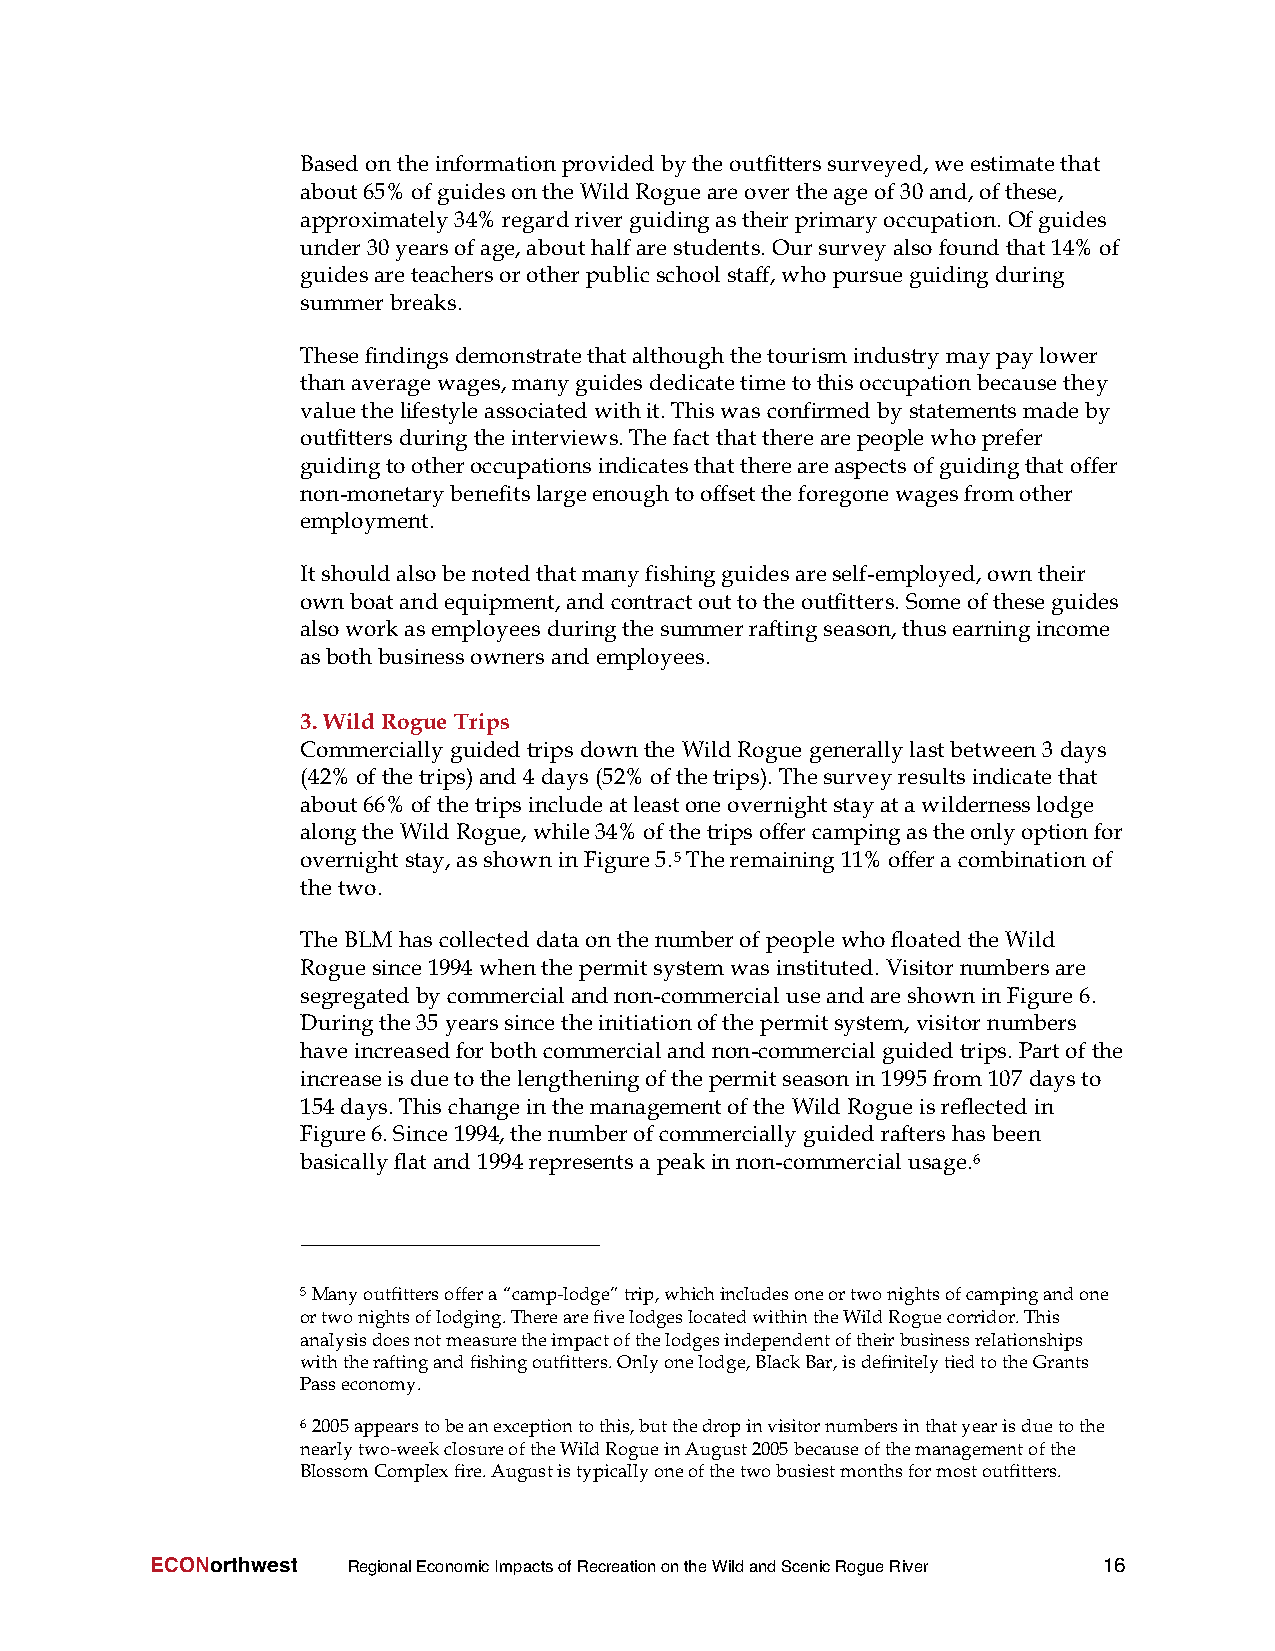
Basedontheinformationprovidedbytheoutfitterssurveyed,weestimatethat
 about65%ofguidesontheWildRogueareovertheageof30and,ofthese,
 approximately34%regardriverguidingastheirprimaryoccupation. Ofguides
 under30 yearsofage,abouthalfarestudents. Oursurveyalsofoundthat14%of
 guidesareteachersorotherpublicschoolstaff,whopursueguidingduring
 summerbreaks.
 Thesefindingsdemonstratethatalthoughthetourismindustrymaypaylower
 thanaveragewages,manyguidesdedicatetimetothisoccupationbecausethey
 valuethelifestyleassociatedwithit.Thiswasconfirmedbystatementsmadeby
 outfittersduringtheinterviews.Thefactthattherearepeoplewhoprefer
 guidingtootheroccupationsindicatesthatthereareaspectsofguidingthatoffer
 non-monetarybenefitslargeenoughtooffsettheforegonewagesfromother
 employment.
 Itshouldalsobenotedthatmanyfishingguidesareself-employed,owntheir
 ownboatandequipment,andcontractouttotheoutfitters.Someoftheseguides
 alsoworkasemployees duringthesummerraftingseason,thusearningincome
 asbothbusinessownersandemployees.
 3.Wild Rogue Trips
 Commerciallyguidedtripsdownthe WildRogue generallylastbetween3 days
 (42%ofthetrips)and4 days(52%ofthetrips).Thesurveyresultsindicatethat
 about66%ofthetripsincludeatleastoneovernightstayatawildernesslodge
 alongtheWildRogue,while34%ofthetripsoffercampingastheonlyoptionfor
 overnightstay,asshowninFigure5.5Theremaining11%offera combinationof
 thetwo.
 TheBLM hascollecteddataonthenumberofpeoplewhofloatedtheWild
 Roguesince1994 whenthepermitsystemwasinstituted. Visitornumbersare
 segregatedbycommercialandnon-commercialuseandareshowninFigure6.
 Duringthe35 yearssincetheinitiationofthepermitsystem, visitornumbers
 haveincreasedforbothcommercialandnon-commercialguidedtrips.Partofthe
 increaseisduetothelengtheningofthepermitseasonin1995from107 daysto
 154days.Thischangeinthemanagementofthe Wild Rogueisreflectedin
 Figure6.Since1994,thenumberofcommercially guidedraftershasbeen
 basicallyflatand1994representsa peakinnon-commercialusage.6
 5Manyoutfittersoffera“camp-lodge”trip,whichincludesoneortwonightsofcampingandone
 ortwonightsoflodging.TherearefivelodgeslocatedwithintheWildRoguecorridor.This
 analysisdoesnotmeasuretheimpactofthelodgesindependentoftheirbusinessrelationships
 withtheraftingandfishingoutfitters.Onlyonelodge,BlackBar,isdefinitelytiedtotheGrants
 Passeconomy.
 62005appearstobeanexceptiontothis,butthedropinvisitornumbersinthatyearisduetothe
 nearlytwo-weekclosureoftheWildRogueinAugust2005becauseofthemanagementofthe
 BlossomComplexfire.Augustistypicallyoneofthetwobusiestmonthsformostoutfitters.
 ECONorthwest RegionalEconomicImpactsofRecreationontheWildandScenicRogueRiver 16